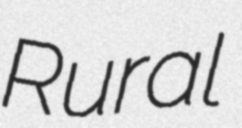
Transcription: Rural